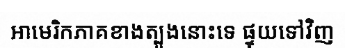
អាមេរិកភាគខាងត្បូងនោះទេ ផ្ទុយទៅវិញ